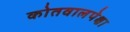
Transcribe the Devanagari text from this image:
कोतवालपेक्षा